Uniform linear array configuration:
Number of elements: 32
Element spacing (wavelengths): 0.25
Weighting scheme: kaiser
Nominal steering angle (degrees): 0
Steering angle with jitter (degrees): -0.7898
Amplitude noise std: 0.05
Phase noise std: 0.05

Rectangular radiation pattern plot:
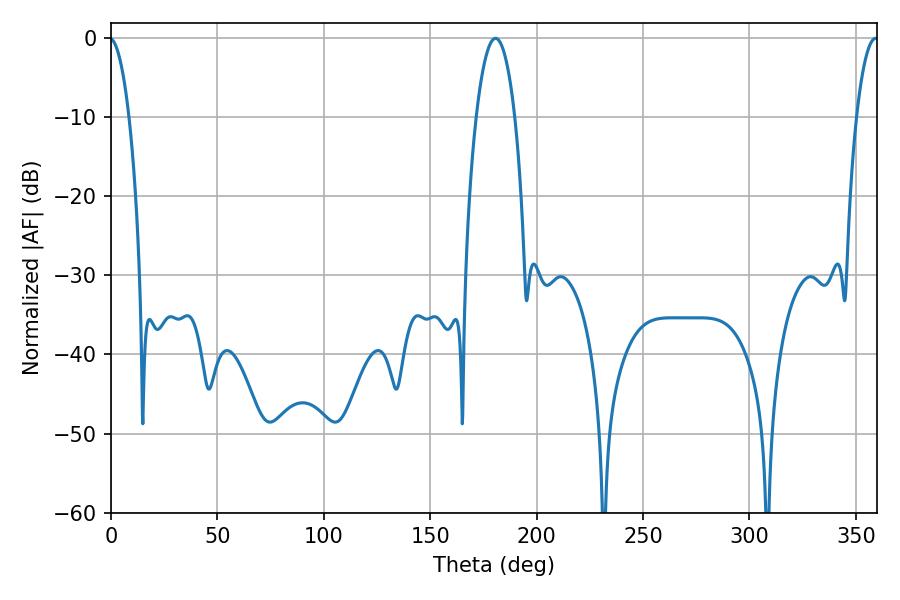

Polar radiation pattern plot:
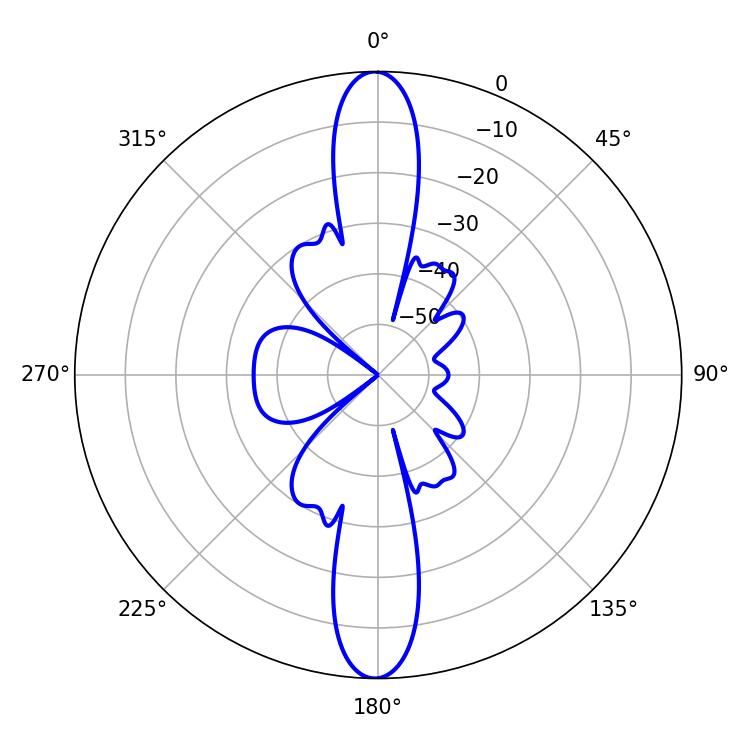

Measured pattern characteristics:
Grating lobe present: FALSE
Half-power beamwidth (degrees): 10.08
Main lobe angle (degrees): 180.72